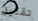
تقليل